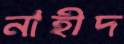
নাহীদ